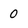
Character: 0